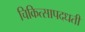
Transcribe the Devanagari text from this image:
चिकित्सापदधती